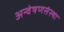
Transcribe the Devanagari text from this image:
अन्वेषणसंस्था